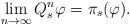
LaTeX: \begin{align*} \lim_{n\to\infty}Q_s^n\varphi=\pi_s(\varphi). \end{align*}